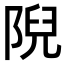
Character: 𨺙